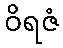
ဝိရဇံ